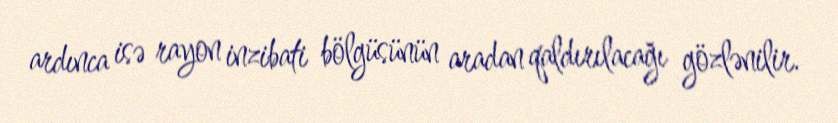
ardınca isə rayon inzibati bölgüsünün aradan qaldırılacağı gözlənilir.